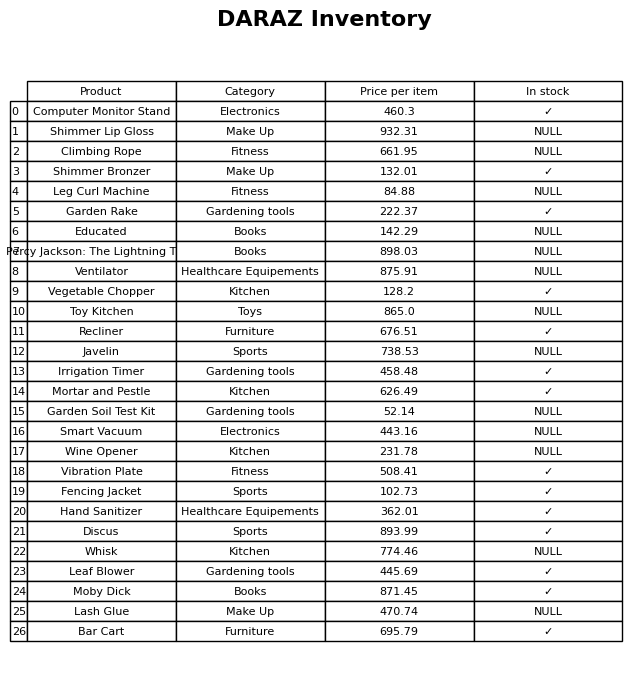
question: What is the price for Climbing Rope?
answer: The price of Climbing Rope is 661.95.